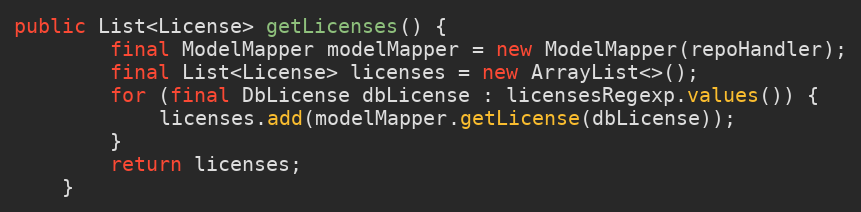
Language: Java
public List<License> getLicenses() {
        final ModelMapper modelMapper = new ModelMapper(repoHandler);
        final List<License> licenses = new ArrayList<>();
        for (final DbLicense dbLicense : licensesRegexp.values()) {
            licenses.add(modelMapper.getLicense(dbLicense));
        }
        return licenses;
    }